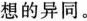
想的异同。